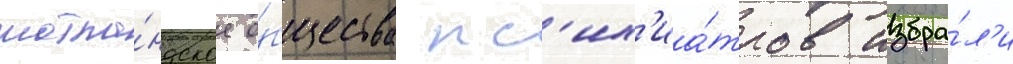
шотла́ндское о́бщества пс'их'иа́тров избра́л'и